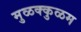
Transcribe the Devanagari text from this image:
मुळक्कुळम